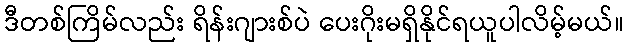
ဒီတစ်ကြိမ်လည်း ရိန်းဂျားစ်ပဲ ပေးဂိုးမရှိနိုင်ရယူပါလိမ့်မယ်။